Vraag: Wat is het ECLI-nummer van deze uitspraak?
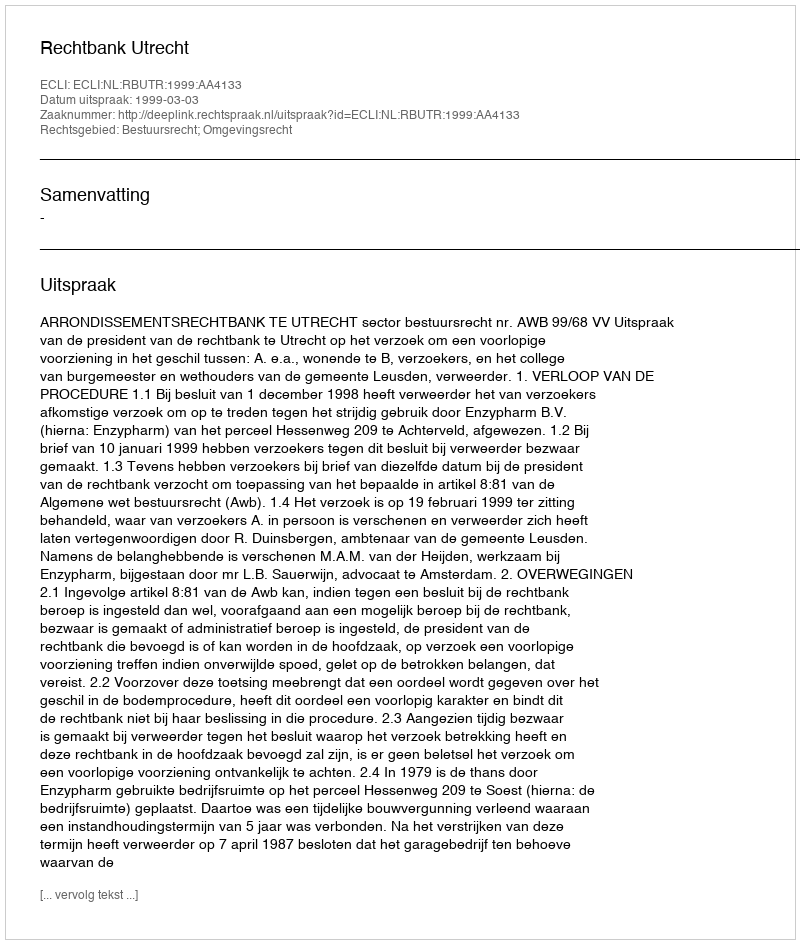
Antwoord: ECLI:NL:RBUTR:1999:AA4133